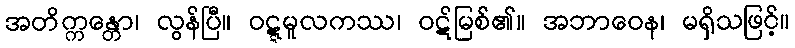
အတိက္ကန္တော၊ လွန်ပြီ။ ဝဋ္ဋမူလကဿ၊ ဝဋ်မြစ်၏။ အဘာဝေန၊ မရှိသဖြင့်။